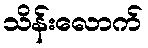
သိန်းလောက်